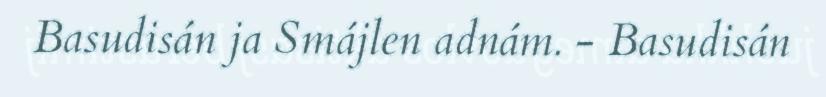
Basudisán ja Smájlen adnám. - Basudisán